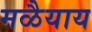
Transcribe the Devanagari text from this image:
मळैयाय